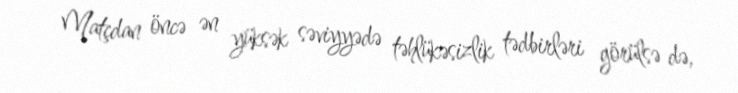
Matçdan öncə ən yüksək səviyyədə təhlükəsizlik tədbirləri görülsə də,